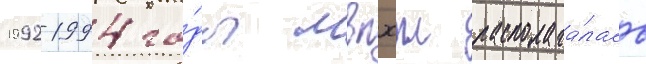
1992-1994 го́ды мвпхш располага́лась